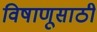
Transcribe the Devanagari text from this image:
विषाणूसाठी